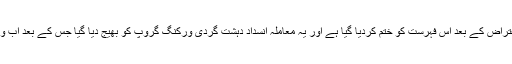
انہوں نے بتایا کہ ہارٹ آف ایشیا کے باکو میں ہونے والے اجلاس میں پاکستان کے شدید اعتراض کے بعد اس فہرست کو ختم کردیا گیا ہے اور یہ معاملہ انسدادِ دہشت گردی ورکنگ گروپ کو بھیج دیا گیا جس کے بعد اب ورکنگ گروپ خطے میں موجود تمام دہشت گرد تنظیموں کی جامع فہرست مرتب کرے گا۔